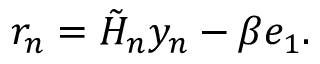
r _ { n } = { \tilde { H } } _ { n } y _ { n } - \beta e _ { 1 } .